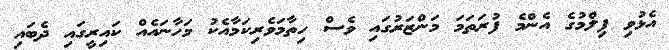
އެޅުވި ފިލްމުގެ އެންމެ ފުރަތަމަ މަންޒަރުގައި ވެސް ހިތާމަވެރިކަމާއެކު މަހާނައެއް ކައިރީގައި ދެބައި